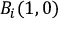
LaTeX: B _ { i } ( 1 , 0 )